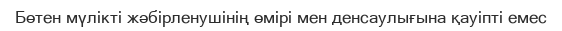
Бөтен мүлікті жәбірленушінің өмірі мен денсаулығына қауіпті емес